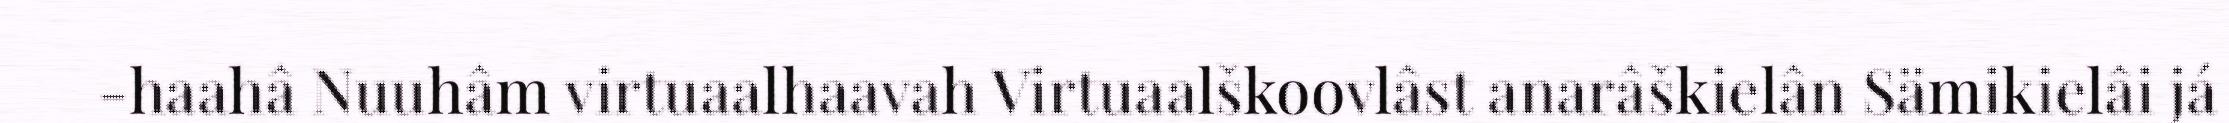
-haahâ Nuuhâm virtuaalhaavah Virtuaalškoovlâst anarâškielân Sämikielâi já